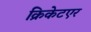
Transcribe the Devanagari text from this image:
क्रिकेटएर